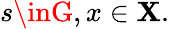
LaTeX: s\inG,x\in\mathbf{X}.